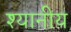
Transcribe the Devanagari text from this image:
श्यानीय